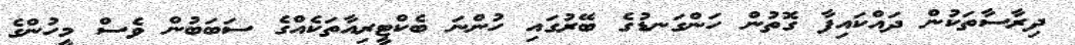
ދިިރާސާތަކުން ދައްކައިފާ ގޮތުން ހަންގަނޑުގެ ބޭރުގައި ހުންނަ ބެކްޓީރިއާތަކެއްގެ ސަބަބުން ވެސް މީހުންގެ